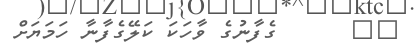
١٥      ގެފާނުގެ ވާހަކަ ކަލޭގެފާނާ ހަމަޔަށް